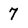
Character: 7